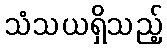
သံသယရှိသည့်